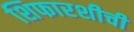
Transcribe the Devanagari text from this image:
शिफारशीची